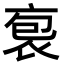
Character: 袌